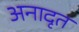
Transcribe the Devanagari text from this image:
अनादृत